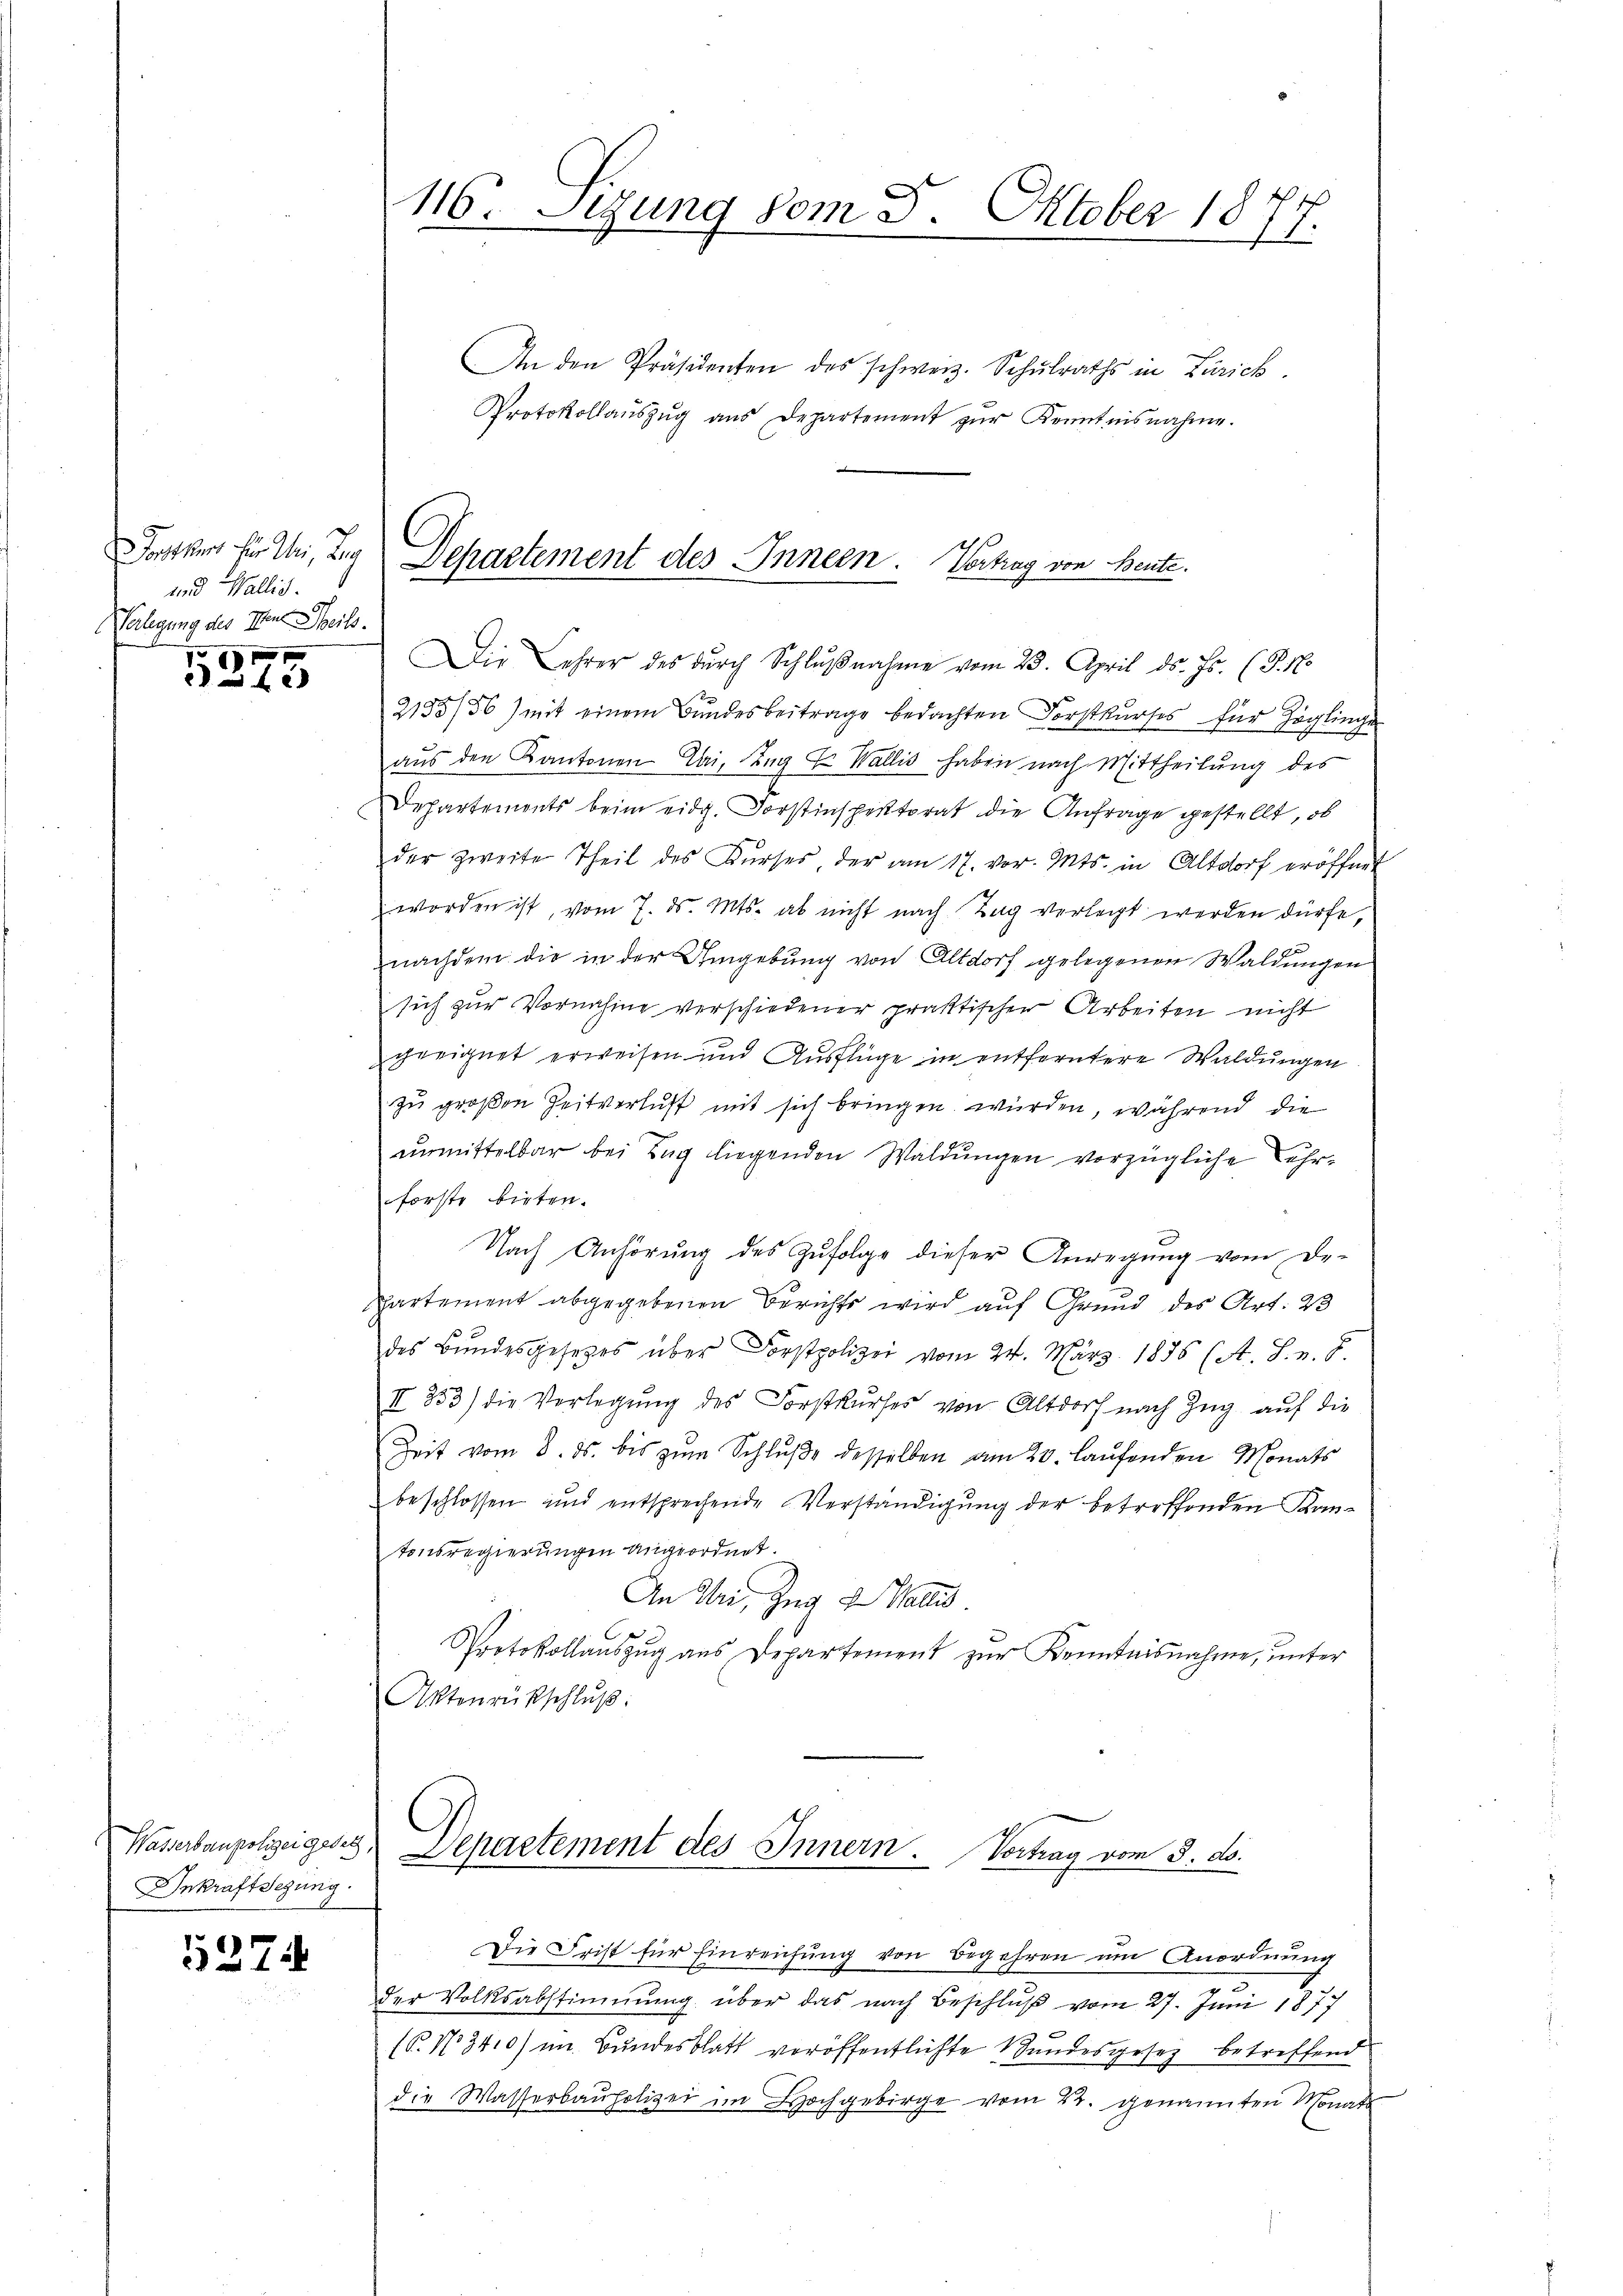
ontums für Uri, Tag
und Wallis.
Vorlegung des Herr Theils.
e

5315

Wasserbaupolizeigeles,
Inkraftsezung.

5374

116. Sitzung vom 8. Oktober 1877.

An den Präsidenten des schweiz. Schŭlraths in Zürich.
Protokollauszug aus Departement zur Kenntnisnahme.
Departement des Inneen. Vortrag von Beute.

Die Lehrer des dŭrch Schlŭβnahme vom 23. April ds. Js. (T. N.

2155/56) mit einem Bundesbeitrage bedachten Forstkurses für Zöglinge
aus den Kantonen Bai, Zug E. Wallis haben nach Mittheilung des
Departements beim eidg. Forstinspektorat die Anfrage gestellt, ob
der zweite Theil des Kŭrses, der am 17. vor. Mts. in Altdorf eröffnet
worden ist, vom 7. ds. Mts. ab nicht nach Tag verlegt werden dürfe,
nachdem die in der Umgebung von Altdorf gelegenen Waldungen
sich zur Vornahme verschiedener praktischer Arbeiten nicht
geeignet erweisen und Ausflüge in entferntere Waldungen
zu großen Zeitverlust mit sich bringen würden, während die
unmittelbar bei Tag liegenden Waldungen vorzügliche Lehrforste bieten.
c
Nach Anhörung des Zufolge dieser Anregung vom De-
ppartement abgegebenen Berichts wird auf Grund des Art. 23
des Bundesgesetzes über Forstpolizei vom 24. März 1886 (A. S. v. J.
II 833) die Verlegŭng des Forstkŭrses von Altdorf nach Zŭg aŭf die
Zeit vom 8. ds. bis zŭm Schlŭβe desselben am 20. laŭfenden Monats
beschlossen und entsprechende Verständigung der betreffenden Kantonsregierungen angeordnet.
An Uri, Zug u. Wallis.
Protokollaŭszŭg ans Departement zŭr Kenntnisnahme, ŭnter
Aktenrückschlŭβ:

Separtement des Innern. Vortrag vom 3. ds.

Die Frist für Einreichung von Begehren um Anordnung
der Volksabstimmung über das nach Beschlŭβ vom 27. Juni 1877
(P.N3410) im Bundesblatt veröffentlichte Bundesgesez betreffend
die Wasserbaupolizei im Hochgebirge vom 22. genannten Monats